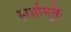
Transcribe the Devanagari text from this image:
स्पर्शामुळे